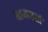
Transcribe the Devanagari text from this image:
बानकरों